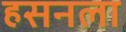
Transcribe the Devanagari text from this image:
हसनला